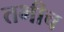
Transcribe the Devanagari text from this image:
तभीच